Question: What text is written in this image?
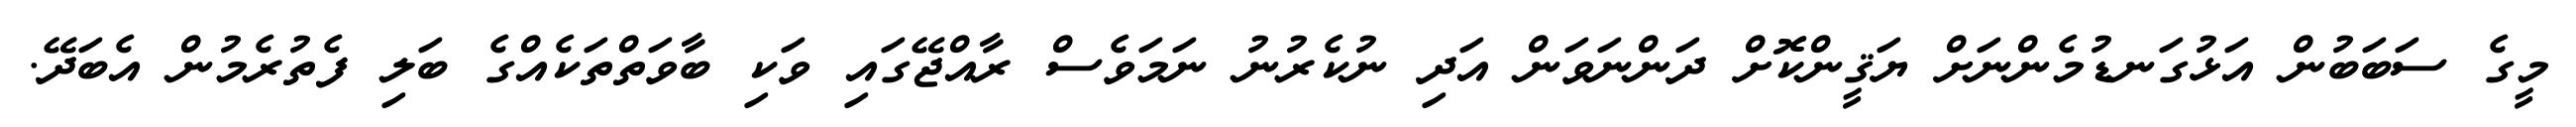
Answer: މީގެ ސަބަބުން އަޅުގަނޑުމެންނަށް ޔަޤީންކޮށް ދަންނަވަން އަދި ނުކެރުނު ނަމަވެސް ރާއްޖޭގައި ވަކި ބާވަތްތަކެއްގެ ބަލި ފެތުރެމުން އެބަދޭ.